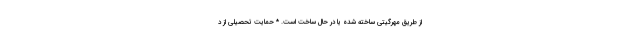
از طریق مهرگیتی ساخته شده یا در حال ساخت است. * حمایت تحصیلی از د